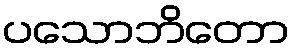
ပသောဘိတော